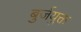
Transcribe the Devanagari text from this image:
बुर्जयुक्त